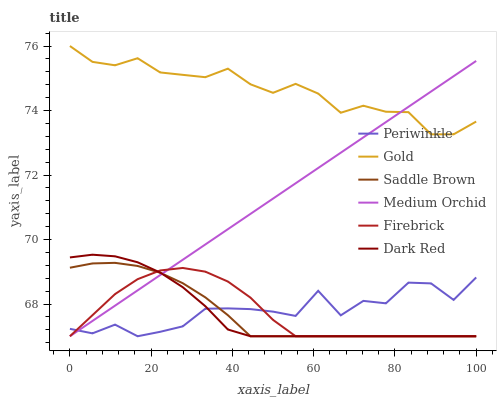
| xaxis_label | Periwinkle | Gold | Saddle Brown | Medium Orchid | Firebrick | Dark Red |
 | --- | --- | --- | --- | --- | --- | --- |
 | 0 | 67.2 | 76 | 69.1 | 67 | 67 | 69.4 |
 | 5.56 | 67.1 | 75.5 | 69.3 | 67.5 | 67.7 | 69.5 |
 | 11.1 | 67.4 | 75.4 | 69.3 | 67.9 | 68.3 | 69.5 |
 | 16.7 | 67 | 75.6 | 69.2 | 68.4 | 68.8 | 69.3 |
 | 22.2 | 67.1 | 75.2 | 69 | 68.9 | 69 | 69 |
 | 27.8 | 67.3 | 75.1 | 68.6 | 69.4 | 69.1 | 68.5 |
 | 33.3 | 67.9 | 75 | 68.2 | 69.8 | 69 | 67.9 |
 | 38.9 | 67.9 | 75.3 | 67.7 | 70.3 | 68.7 | 67.2 |
 | 44.4 | 67.8 | 74.8 | 67 | 70.8 | 68.2 | 67 |
 | 50 | 67.8 | 74.5 | 67 | 71.3 | 67.5 | 67 |
 | 55.6 | 67.6 | 74.8 | 67 | 71.7 | 67 | 67 |
 | 61.1 | 68.4 | 74.5 | 67 | 72.2 | 67 | 67 |
 | 66.7 | 67.6 | 73.9 | 67 | 72.7 | 67 | 67 |
 | 72.2 | 68.1 | 74.1 | 67 | 73.2 | 67 | 67 |
 | 77.8 | 68 | 74 | 67 | 73.6 | 67 | 67 |
 | 83.3 | 68.7 | 73.9 | 67 | 74.1 | 67 | 67 |
 | 88.9 | 68.6 | 73.3 | 67 | 74.6 | 67 | 67 |
 | 94.4 | 68.1 | 73.3 | 67 | 75.1 | 67 | 67 |
 | 100 | 68.8 | 73.7 | 67 | 75.5 | 67 | 67 |